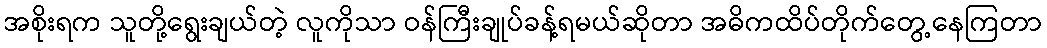
အစိုးရက သူတို့ရွေးချယ်တဲ့ လူကိုသာ ဝန်ကြီးချုပ်ခန့်ရမယ်ဆိုတာ အဓိကထိပ်တိုက်တွေ့နေကြတာ